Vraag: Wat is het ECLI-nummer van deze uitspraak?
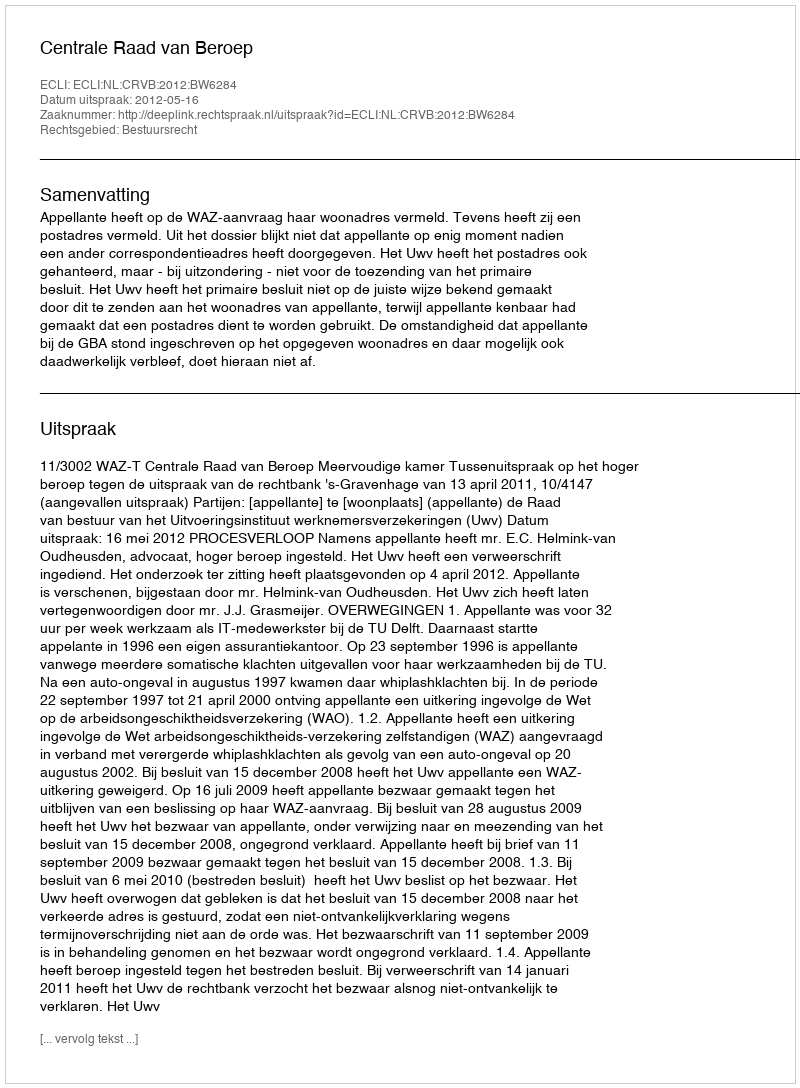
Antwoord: ECLI:NL:CRVB:2012:BW6284